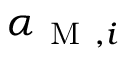
\alpha _ { \mathrm { ~ M ~ } , i }